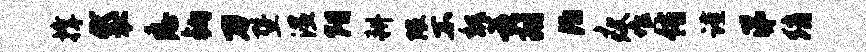
撑袋悉钩刀暨湿阳耕隈不魏兹翔泊瘦堆侑谨涕绡